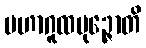
မဟာဂူထပုဉ္ဇောတိ